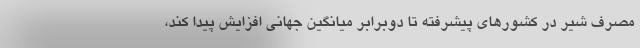
مصرف شیر در کشورهای پیشرفته تا دوبرابر میانگین جهانی افزایش پیدا کند،